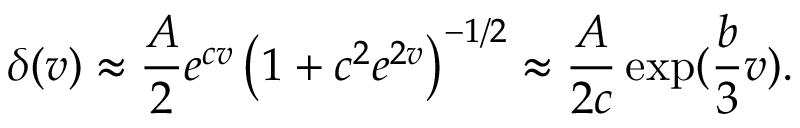
\delta ( v ) \approx \frac { A } { 2 } e ^ { c v } \left( 1 + c ^ { 2 } e ^ { 2 v } \right) ^ { - 1 / 2 } \approx \frac { A } { 2 c } \exp ( \frac { b } { 3 } v ) .